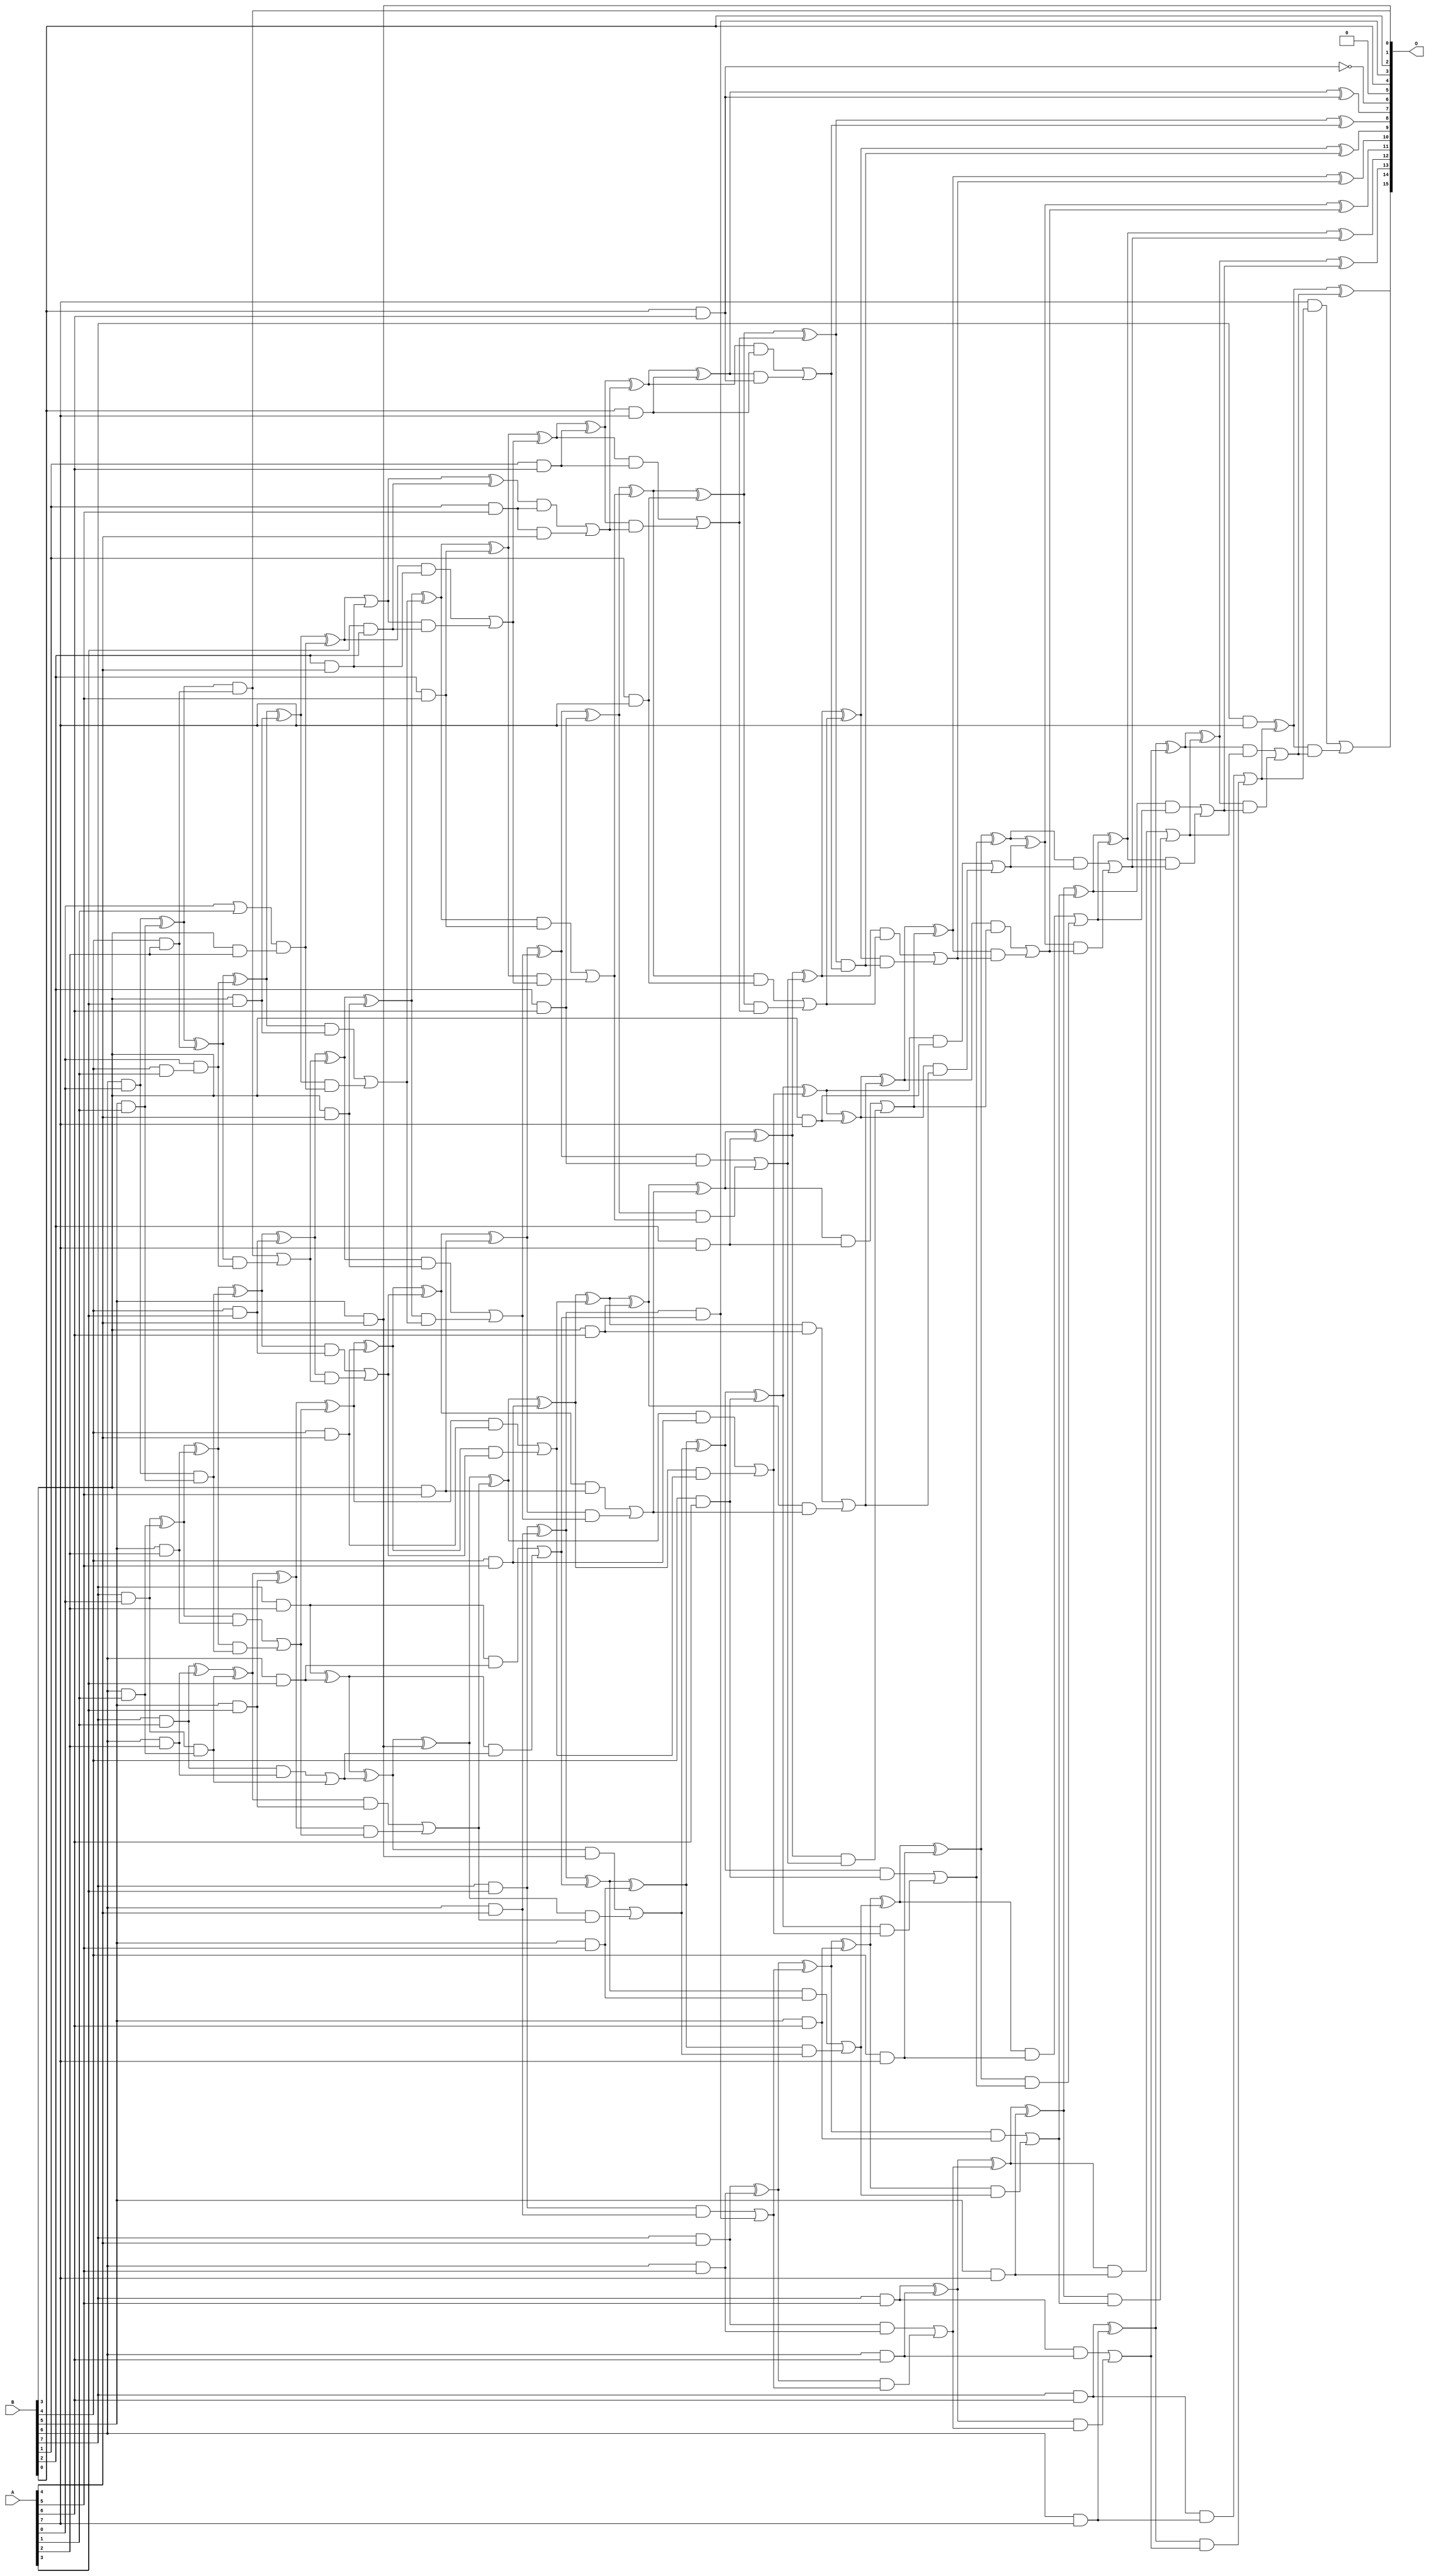
/***
* This code is a part of EvoApproxLib library (ehw.fit.vutbr.cz/approxlib) distributed under The MIT License.
* When used, please cite the following article(s): V. Mrazek, R. Hrbacek, Z. Vasicek and L. Sekanina, "EvoApprox8b: Library of approximate adders and multipliers for circuit design and benchmarking of approximation methods". Design, Automation & Test in Europe Conference & Exhibition (DATE), 2017, Lausanne, 2017, pp. 258-261. doi: 10.23919/DATE.2017.7926993 
* This file contains a circuit from a sub-set of pareto optimal circuits with respect to the pwr and wce parameters
***/
// MAE% = 0.057 %
// MAE = 37 
// WCE% = 0.18 %
// WCE = 115 
// WCRE% = 8300.00 %
// EP% = 97.72 %
// MRE% = 2.56 %
// MSE = 2008 
// PDK45_PWR = 0.302 mW
// PDK45_AREA = 542.5 um2
// PDK45_DELAY = 1.44 ns

module mul8u_2HH (
    A,
    B,
    O
);

input [7:0] A;
input [7:0] B;
output [15:0] O;

wire sig_22,sig_23,sig_28,sig_29,sig_30,sig_31,sig_40,sig_41,sig_42,sig_43,sig_44,sig_45,sig_49,sig_50,sig_51,sig_52,sig_53,sig_70,sig_74,sig_75;
wire sig_76,sig_77,sig_78,sig_79,sig_80,sig_81,sig_82,sig_83,sig_84,sig_85,sig_87,sig_88,sig_92,sig_93,sig_94,sig_95,sig_96,sig_108,sig_112,sig_113;
wire sig_114,sig_115,sig_116,sig_117,sig_118,sig_119,sig_120,sig_121,sig_122,sig_123,sig_124,sig_125,sig_126,sig_127,sig_128,sig_129,sig_130,sig_131,sig_134,sig_135;
wire sig_136,sig_137,sig_138,sig_139,sig_150,sig_151,sig_152,sig_153,sig_154,sig_155,sig_156,sig_157,sig_158,sig_159,sig_160,sig_161,sig_162,sig_163,sig_164,sig_165;
wire sig_166,sig_167,sig_168,sig_169,sig_170,sig_171,sig_172,sig_173,sig_174,sig_176,sig_177,sig_178,sig_179,sig_180,sig_181,sig_182,sig_189,sig_190,sig_192,sig_193;
wire sig_194,sig_195,sig_196,sig_197,sig_198,sig_199,sig_200,sig_201,sig_202,sig_203,sig_204,sig_205,sig_206,sig_207,sig_208,sig_209,sig_210,sig_211,sig_212,sig_213;
wire sig_214,sig_215,sig_216,sig_217,sig_218,sig_219,sig_220,sig_221,sig_222,sig_223,sig_224,sig_225,sig_229,sig_231,sig_232,sig_233,sig_234,sig_235,sig_236,sig_237;
wire sig_238,sig_239,sig_240,sig_241,sig_242,sig_243,sig_244,sig_245,sig_246,sig_247,sig_248,sig_249,sig_250,sig_251,sig_252,sig_253,sig_254,sig_255,sig_256,sig_257;
wire sig_258,sig_259,sig_260,sig_261,sig_262,sig_263,sig_264,sig_265,sig_266,sig_267,sig_268,sig_269,sig_270,sig_271,sig_272,sig_273,sig_274,sig_275,sig_276,sig_277;
wire sig_278,sig_279,sig_280,sig_281,sig_282,sig_283,sig_284,sig_285,sig_286,sig_287,sig_288,sig_289,sig_290,sig_291,sig_292,sig_293,sig_294,sig_295,sig_296,sig_297;
wire sig_298,sig_299,sig_300,sig_301,sig_302,sig_303,sig_304,sig_305,sig_306,sig_307,sig_308,sig_309,sig_310,sig_311,sig_312,sig_313,sig_314,sig_315,sig_316,sig_317;
wire sig_318,sig_319,sig_320,sig_321,sig_322,sig_323,sig_324,sig_325,sig_326,sig_327,sig_328,sig_329,sig_330,sig_331,sig_332,sig_333,sig_334,sig_335;

assign sig_22 = B[6] & A[0];
assign sig_23 = B[7] & A[0];
assign sig_28 = B[4] & A[1];
assign sig_29 = B[5] & A[1];
assign sig_30 = B[6] & A[1];
assign sig_31 = B[7] & A[1];
assign sig_40 = A[0] | A[1];
assign sig_41 = A[0] & sig_28;
assign sig_42 = sig_22 ^ sig_29;
assign sig_43 = sig_22 & sig_29;
assign sig_44 = sig_23 ^ sig_30;
assign sig_45 = sig_23 & sig_30;
assign sig_49 = B[3] & A[2];
assign sig_50 = B[4] & A[2];
assign sig_51 = B[5] & A[2];
assign sig_52 = B[6] & A[2];
assign sig_53 = B[7] & A[2];
assign sig_70 = sig_40 & sig_49;
assign sig_74 = sig_42 ^ sig_50;
assign sig_75 = sig_42 & sig_50;
assign sig_76 = sig_74 & sig_41;
assign sig_77 = sig_74 ^ sig_41;
assign sig_78 = sig_75 | sig_76;
assign sig_79 = sig_44 ^ sig_51;
assign sig_80 = sig_44 & sig_51;
assign sig_81 = sig_79 & sig_43;
assign sig_82 = sig_79 ^ sig_43;
assign sig_83 = sig_80 | sig_81;
assign sig_84 = sig_31 ^ sig_52;
assign sig_85 = sig_31 & sig_52;
assign sig_87 = sig_84 ^ sig_45;
assign sig_88 = sig_85 | sig_45;
assign sig_92 = B[3] & A[3];
assign sig_93 = B[4] & A[3];
assign sig_94 = B[5] & A[3];
assign sig_95 = B[6] & A[3];
assign sig_96 = B[7] & A[3];
assign sig_108 = A[3] & B[2];
assign sig_112 = sig_77 ^ sig_92;
assign sig_113 = sig_77 & sig_92;
assign sig_114 = sig_112 & sig_70;
assign sig_115 = sig_112 ^ sig_70;
assign sig_116 = sig_113 | sig_114;
assign sig_117 = sig_82 ^ sig_93;
assign sig_118 = sig_82 & sig_93;
assign sig_119 = sig_117 & sig_78;
assign sig_120 = sig_117 ^ sig_78;
assign sig_121 = sig_118 | sig_119;
assign sig_122 = sig_87 ^ sig_94;
assign sig_123 = sig_87 & sig_94;
assign sig_124 = sig_122 & sig_83;
assign sig_125 = sig_122 ^ sig_83;
assign sig_126 = sig_123 | sig_124;
assign sig_127 = sig_53 ^ sig_95;
assign sig_128 = sig_53 & sig_95;
assign sig_129 = sig_127 & sig_88;
assign sig_130 = sig_127 ^ sig_88;
assign sig_131 = sig_128 | sig_129;
assign sig_134 = B[2] & A[4];
assign sig_135 = B[3] & A[4];
assign sig_136 = B[4] & A[4];
assign sig_137 = B[5] & A[4];
assign sig_138 = B[6] & A[4];
assign sig_139 = B[7] & A[4];
assign sig_150 = sig_115 | sig_134;
assign sig_151 = sig_115 & sig_134;
assign sig_152 = sig_150 & sig_108;
assign sig_153 = sig_150 ^ sig_108;
assign sig_154 = sig_151 | sig_152;
assign sig_155 = sig_120 ^ sig_135;
assign sig_156 = sig_120 & sig_135;
assign sig_157 = sig_155 & sig_116;
assign sig_158 = sig_155 ^ sig_116;
assign sig_159 = sig_156 | sig_157;
assign sig_160 = sig_125 ^ sig_136;
assign sig_161 = sig_125 & sig_136;
assign sig_162 = sig_160 & sig_121;
assign sig_163 = sig_160 ^ sig_121;
assign sig_164 = sig_161 | sig_162;
assign sig_165 = sig_130 ^ sig_137;
assign sig_166 = sig_130 & sig_137;
assign sig_167 = sig_165 & sig_126;
assign sig_168 = sig_165 ^ sig_126;
assign sig_169 = sig_166 | sig_167;
assign sig_170 = sig_96 ^ sig_138;
assign sig_171 = sig_96 & sig_138;
assign sig_172 = sig_170 & sig_131;
assign sig_173 = sig_170 ^ sig_131;
assign sig_174 = sig_171 | sig_172;
assign sig_176 = B[1] & A[5];
assign sig_177 = B[2] & A[5];
assign sig_178 = B[3] & A[5];
assign sig_179 = B[4] & A[5];
assign sig_180 = B[5] & A[5];
assign sig_181 = B[6] & A[5];
assign sig_182 = B[7] & A[5];
assign sig_189 = sig_153 & sig_176;
assign sig_190 = sig_176 & A[4];
assign sig_192 = sig_189 | sig_190;
assign sig_193 = sig_158 ^ sig_177;
assign sig_194 = sig_158 & sig_177;
assign sig_195 = sig_193 & sig_154;
assign sig_196 = sig_193 ^ sig_154;
assign sig_197 = sig_194 | sig_195;
assign sig_198 = sig_163 ^ sig_178;
assign sig_199 = sig_163 & sig_178;
assign sig_200 = sig_198 & sig_159;
assign sig_201 = sig_198 ^ sig_159;
assign sig_202 = sig_199 | sig_200;
assign sig_203 = sig_168 ^ sig_179;
assign sig_204 = sig_168 & sig_179;
assign sig_205 = sig_203 & sig_164;
assign sig_206 = sig_203 ^ sig_164;
assign sig_207 = sig_204 | sig_205;
assign sig_208 = sig_173 ^ sig_180;
assign sig_209 = sig_173 & sig_180;
assign sig_210 = sig_208 & sig_169;
assign sig_211 = sig_208 ^ sig_169;
assign sig_212 = sig_209 | sig_210;
assign sig_213 = sig_139 ^ sig_181;
assign sig_214 = sig_139 & sig_181;
assign sig_215 = sig_213 & sig_174;
assign sig_216 = sig_213 ^ sig_174;
assign sig_217 = sig_214 | sig_215;
assign sig_218 = B[0] & A[6];
assign sig_219 = B[1] & A[6];
assign sig_220 = B[2] & A[6];
assign sig_221 = B[3] & A[6];
assign sig_222 = B[4] & A[6];
assign sig_223 = B[5] & A[6];
assign sig_224 = B[6] & A[6];
assign sig_225 = B[7] & A[6];
assign sig_229 = ~sig_218;
assign sig_231 = sig_196 ^ sig_219;
assign sig_232 = sig_196 & sig_219;
assign sig_233 = sig_231 & sig_192;
assign sig_234 = sig_231 ^ sig_192;
assign sig_235 = sig_232 | sig_233;
assign sig_236 = sig_201 ^ sig_220;
assign sig_237 = sig_201 & sig_220;
assign sig_238 = sig_236 & sig_197;
assign sig_239 = sig_236 ^ sig_197;
assign sig_240 = sig_237 | sig_238;
assign sig_241 = sig_206 ^ sig_221;
assign sig_242 = sig_206 & sig_221;
assign sig_243 = sig_241 & sig_202;
assign sig_244 = sig_241 ^ sig_202;
assign sig_245 = sig_242 | sig_243;
assign sig_246 = sig_211 ^ sig_222;
assign sig_247 = sig_211 & sig_222;
assign sig_248 = sig_246 & sig_207;
assign sig_249 = sig_246 ^ sig_207;
assign sig_250 = sig_247 | sig_248;
assign sig_251 = sig_216 ^ sig_223;
assign sig_252 = sig_216 & sig_223;
assign sig_253 = sig_251 & sig_212;
assign sig_254 = sig_251 ^ sig_212;
assign sig_255 = sig_252 | sig_253;
assign sig_256 = sig_182 ^ sig_224;
assign sig_257 = sig_182 & sig_224;
assign sig_258 = sig_256 & sig_217;
assign sig_259 = sig_256 ^ sig_217;
assign sig_260 = sig_257 | sig_258;
assign sig_261 = B[0] & A[7];
assign sig_262 = B[1] & A[7];
assign sig_263 = B[2] & A[7];
assign sig_264 = B[3] & A[7];
assign sig_265 = B[4] & A[7];
assign sig_266 = B[5] & A[7];
assign sig_267 = B[6] & A[7];
assign sig_268 = B[7] & A[7];
assign sig_269 = sig_234 ^ sig_261;
assign sig_270 = sig_234 & sig_261;
assign sig_271 = sig_269 & sig_218;
assign sig_272 = sig_269 ^ sig_218;
assign sig_273 = sig_270 | sig_271;
assign sig_274 = sig_239 ^ sig_262;
assign sig_275 = sig_239 & sig_262;
assign sig_276 = sig_274 & sig_235;
assign sig_277 = sig_274 ^ sig_235;
assign sig_278 = sig_275 | sig_276;
assign sig_279 = sig_244 ^ sig_263;
assign sig_280 = sig_244 & sig_263;
assign sig_281 = sig_279 & sig_240;
assign sig_282 = sig_279 ^ sig_240;
assign sig_283 = sig_280 | sig_281;
assign sig_284 = sig_249 ^ sig_264;
assign sig_285 = sig_249 & sig_264;
assign sig_286 = sig_284 & sig_245;
assign sig_287 = sig_284 ^ sig_245;
assign sig_288 = sig_285 | sig_286;
assign sig_289 = sig_254 ^ sig_265;
assign sig_290 = sig_254 & sig_265;
assign sig_291 = sig_289 & sig_250;
assign sig_292 = sig_289 ^ sig_250;
assign sig_293 = sig_290 | sig_291;
assign sig_294 = sig_259 ^ sig_266;
assign sig_295 = sig_259 & sig_266;
assign sig_296 = sig_294 & sig_255;
assign sig_297 = sig_294 ^ sig_255;
assign sig_298 = sig_295 | sig_296;
assign sig_299 = sig_225 ^ sig_267;
assign sig_300 = sig_225 & sig_267;
assign sig_301 = sig_299 & sig_260;
assign sig_302 = sig_299 ^ sig_260;
assign sig_303 = sig_300 | sig_301;
assign sig_304 = sig_277 ^ sig_273;
assign sig_305 = sig_277 & sig_273;
assign sig_306 = sig_282 ^ sig_278;
assign sig_307 = sig_282 & sig_278;
assign sig_308 = sig_306 & sig_305;
assign sig_309 = sig_306 ^ sig_305;
assign sig_310 = sig_307 | sig_308;
assign sig_311 = sig_287 ^ sig_283;
assign sig_312 = sig_287 & sig_283;
assign sig_313 = sig_311 & sig_310;
assign sig_314 = sig_311 ^ sig_310;
assign sig_315 = sig_312 | sig_313;
assign sig_316 = sig_292 ^ sig_288;
assign sig_317 = sig_292 & sig_288;
assign sig_318 = sig_316 & sig_315;
assign sig_319 = sig_316 ^ sig_315;
assign sig_320 = sig_317 | sig_318;
assign sig_321 = sig_297 ^ sig_293;
assign sig_322 = sig_297 & sig_293;
assign sig_323 = sig_321 & sig_320;
assign sig_324 = sig_321 ^ sig_320;
assign sig_325 = sig_322 | sig_323;
assign sig_326 = sig_302 ^ sig_298;
assign sig_327 = sig_302 & sig_298;
assign sig_328 = sig_326 & sig_325;
assign sig_329 = sig_326 ^ sig_325;
assign sig_330 = sig_327 | sig_328;
assign sig_331 = sig_268 ^ sig_303;
assign sig_332 = A[7] & sig_303;
assign sig_333 = sig_331 & sig_330;
assign sig_334 = sig_331 ^ sig_330;
assign sig_335 = sig_332 | sig_333;

assign O[15] = sig_335;
assign O[14] = sig_334;
assign O[13] = sig_329;
assign O[12] = sig_324;
assign O[11] = sig_319;
assign O[10] = sig_314;
assign O[9] = sig_309;
assign O[8] = sig_304;
assign O[7] = sig_272;
assign O[6] = sig_229;
assign O[5] = 1'b0;
assign O[4] = B[0];
assign O[3] = sig_172;
assign O[2] = B[0];
assign O[1] = sig_137;
assign O[0] = sig_75;

endmodule